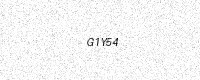
Text: G1Y54